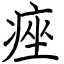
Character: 痤